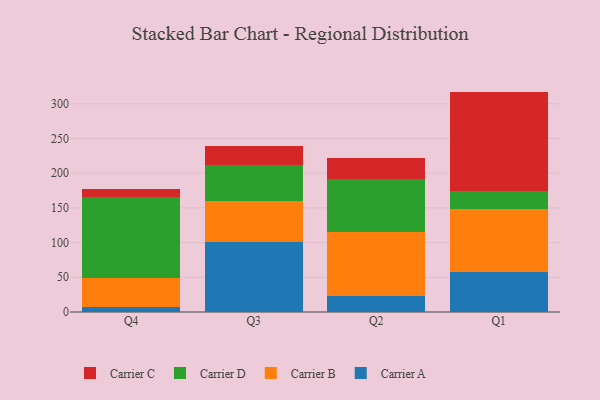
{"axis": {"x": "Quarter", "y": "Inventory Turnover"}, "legend": ["Carrier A", "Carrier B", "Carrier C", "Carrier D"], "data": [{"x": "Q4", "y": 6.9, "type": "Carrier A"}, {"x": "Q4", "y": 42.6, "type": "Carrier B"}, {"x": "Q4", "y": 116.8, "type": "Carrier D"}, {"x": "Q4", "y": 11.5, "type": "Carrier C"}, {"x": "Q3", "y": 100.4, "type": "Carrier A"}, {"x": "Q3", "y": 59.7, "type": "Carrier B"}, {"x": "Q3", "y": 51.9, "type": "Carrier D"}, {"x": "Q3", "y": 27.6, "type": "Carrier C"}, {"x": "Q2", "y": 23.7, "type": "Carrier A"}, {"x": "Q2", "y": 90.9, "type": "Carrier B"}, {"x": "Q2", "y": 77.3, "type": "Carrier D"}, {"x": "Q2", "y": 30.2, "type": "Carrier C"}, {"x": "Q1", "y": 58.2, "type": "Carrier A"}, {"x": "Q1", "y": 90.0, "type": "Carrier B"}, {"x": "Q1", "y": 25.7, "type": "Carrier D"}, {"x": "Q1", "y": 143.6, "type": "Carrier C"}]}